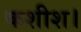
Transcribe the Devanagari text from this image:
कशीश।